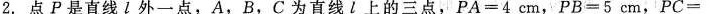
2.点P是直线l外一点，A，B，C为直线l上的三点，$$P A = 4 c m$$，$$P B = 5 c m$$，$$P C =